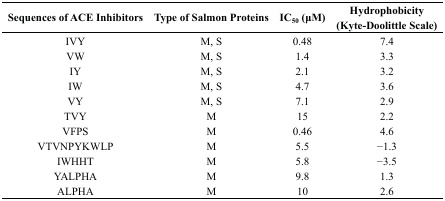
| Sequences of ACE Inhibitors | Type of Salmon Proteins | IC50 (μM) | Hydrophobicity (Kyte-Doolittle Scale) |
 | --- | --- | --- | --- |
 | IVY | M, S | 0.48 | 7.4 |
 | VW | M, S | 1.4 | 3.3 |
 | IY | M, S | 2.1 | 3.2 |
 | IW | M, S | 4.7 | 3.6 |
 | VY | M, S | 7.1 | 2.9 |
 | TVY | M | 15 | 2.2 |
 | VFPS | M | 0.46 | 4.6 |
 | VTVNPYKWLP | M | 5.5 | −1.3 |
 | IWHHT | M | 5.8 | −3.5 |
 | YALPHA | M | 9.8 | 1.3 |
 | ALPHA | M | 10 | 2.6 |